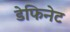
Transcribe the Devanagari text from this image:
डेफिनेट